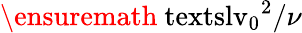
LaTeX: \ensuremath{\mathrm{\ textsl{v}}_{0}}^{2}/\nu